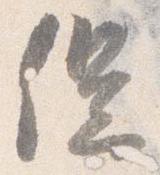
促